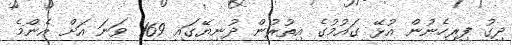
ދިގު ފިރިހެނުން އުޅޭ ގައުމުގެ އިތުރުން ދުނިޔޭގައި 169 ވަނަ އަށް އެންމެ